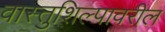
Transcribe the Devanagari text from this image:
वास्तुशिल्पावरील